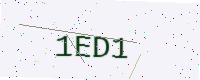
Text: 1ED1